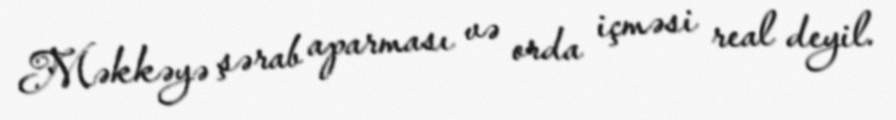
Məkkəyə şərab aparması və orda içməsi real deyil.